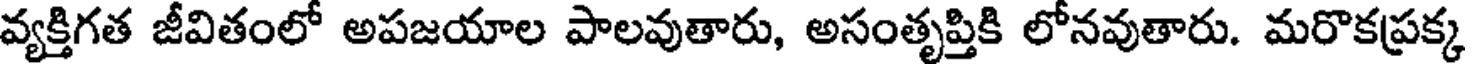
వ్యక్తిగత జీవితంలో అపజయాల పాలవుతారు, అసంతృప్తికి లోనవుతారు. మరొకప్రక్క